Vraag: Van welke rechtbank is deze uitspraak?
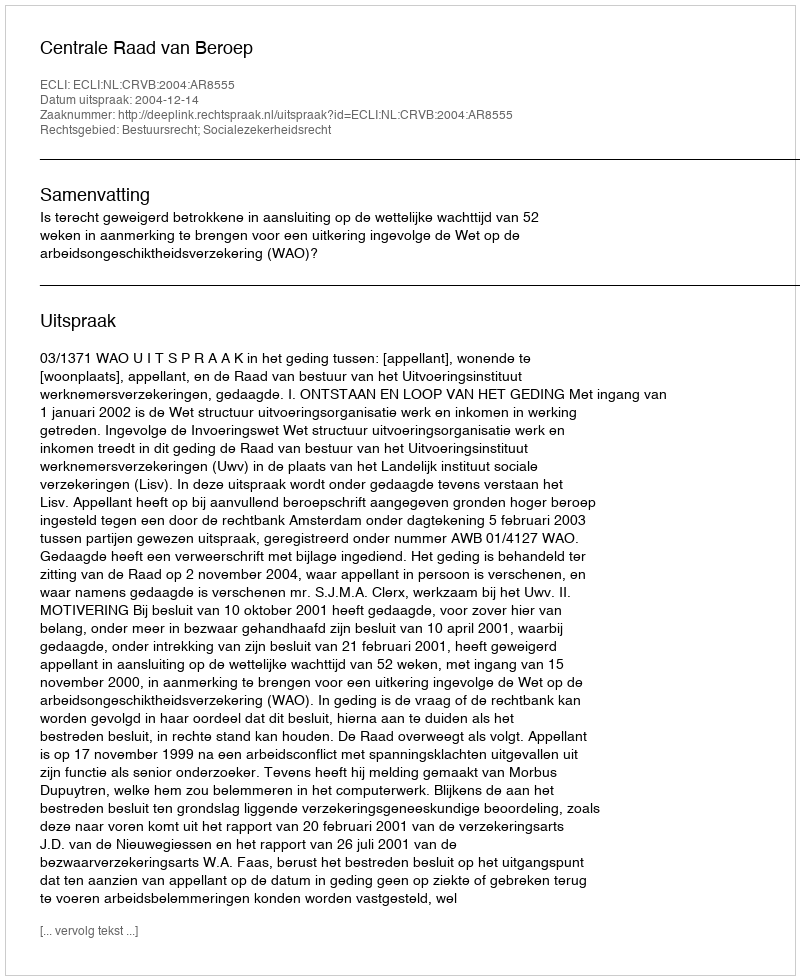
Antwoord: Centrale Raad van Beroep